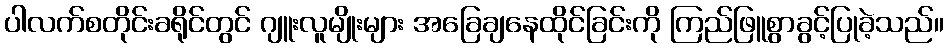
ပါလက်စတိုင်းခရိုင်တွင် ဂျူးလူမျိုးများ အခြေချနေထိုင်ခြင်းကို ကြည်ဖြူစွာခွင့်ပြုခဲ့သည်။